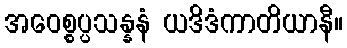
အဝေစ္စပ္ပသန္နနံ ယဒိဒံကာတိယာနီ။